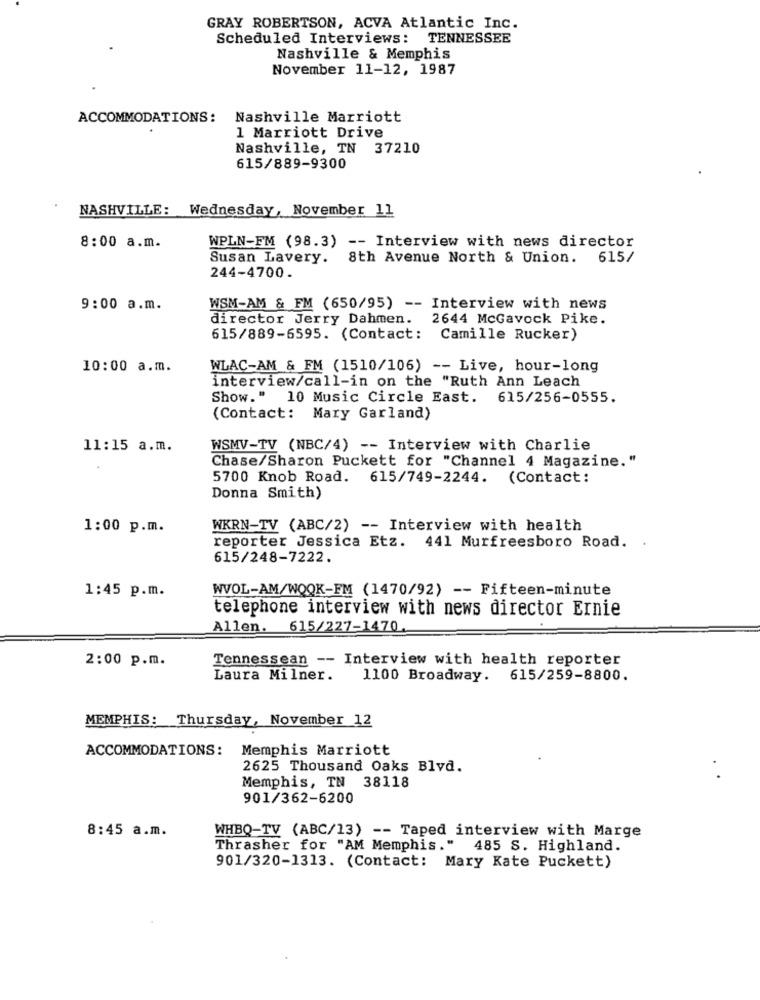
GRAY ROBERTSON, ACVA Atlantic Inc.
Scheduled Interviews: TENNESSEE
Nashville & Memphis
November 11-12, 1987
ACCOMMODATIONS: Nashville Marriott
1 Marriott Drive
Nashville, TN 37210
615/889-9300
NASHVILLE: Wednesday, November 11
8:00 a.m.
WPLN-FM (98.3) -- Interview with news director
Susan Lavery.
8th Avenue North & Union. 615/
244-4700.
9:00 a.m.
WSM-AM & FM (650/95) -- Interview with news
director Jerry Dahmen. 2644 McGavock Pike.
615/889-6595. (Contact: Camille Rucker)
10:00 a.m.
WLAC-AM & FM (1510/106) -- Live, hour-long
interview/call-in on the "Ruth Ann Leach
Show." 10 Music Circle East. 615/256-0555.
(Contact: Mary Garland)
11:15 a.m.
WSMV-TV (NBC/4) -- Interview with Charlie
Chase/Sharon Puckett for "Channel 4 Magazine."
5700 Knob Road. 615/749-2244. (Contact:
Donna Smith)
1:00 p.m.
WKRN-TV (ABC/2) -- Interview with health
reporter Jessica Etz. 441 Murfreesboro Road. .
615/248-7222.
WVOL-AM/WOOK-FM (1470/92) -- Fifteen-minute
1:45 p.m.
telephone interview with news director Ernie
Allen. 615/227-1470
2:00 p.m.
Tennessean -- Interview with health reporter
Laura Milner.
1100 Broadway. 615/259-8800.
MEMPHIS: Thursday, November 12
ACCOMMODATIONS:
Memphis Marriott
2625 Thousand Oaks Blvd.
Memphis, TN 38118
901/362-6200
8:45 a.m.
WHBQ-TV (ABC/13) -- Taped interview with Marge
Thrasher for "AM Memphis." 485 S. Highland.
901/320-1313. (Contact: Mary Kate Puckett)